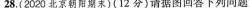
28，(2020北京朝阳期末)(12分)请据图回答下列问题：